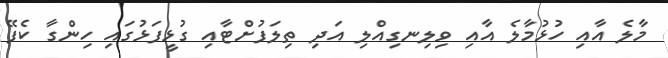
މާލެ އާއި ހުޅުމާލެ އާއި ވިލިނގިއްލި އަދި ތިލަފުށްޓާއި ގުޅީފަޅުގައި ހިންގާ ކެފޭ